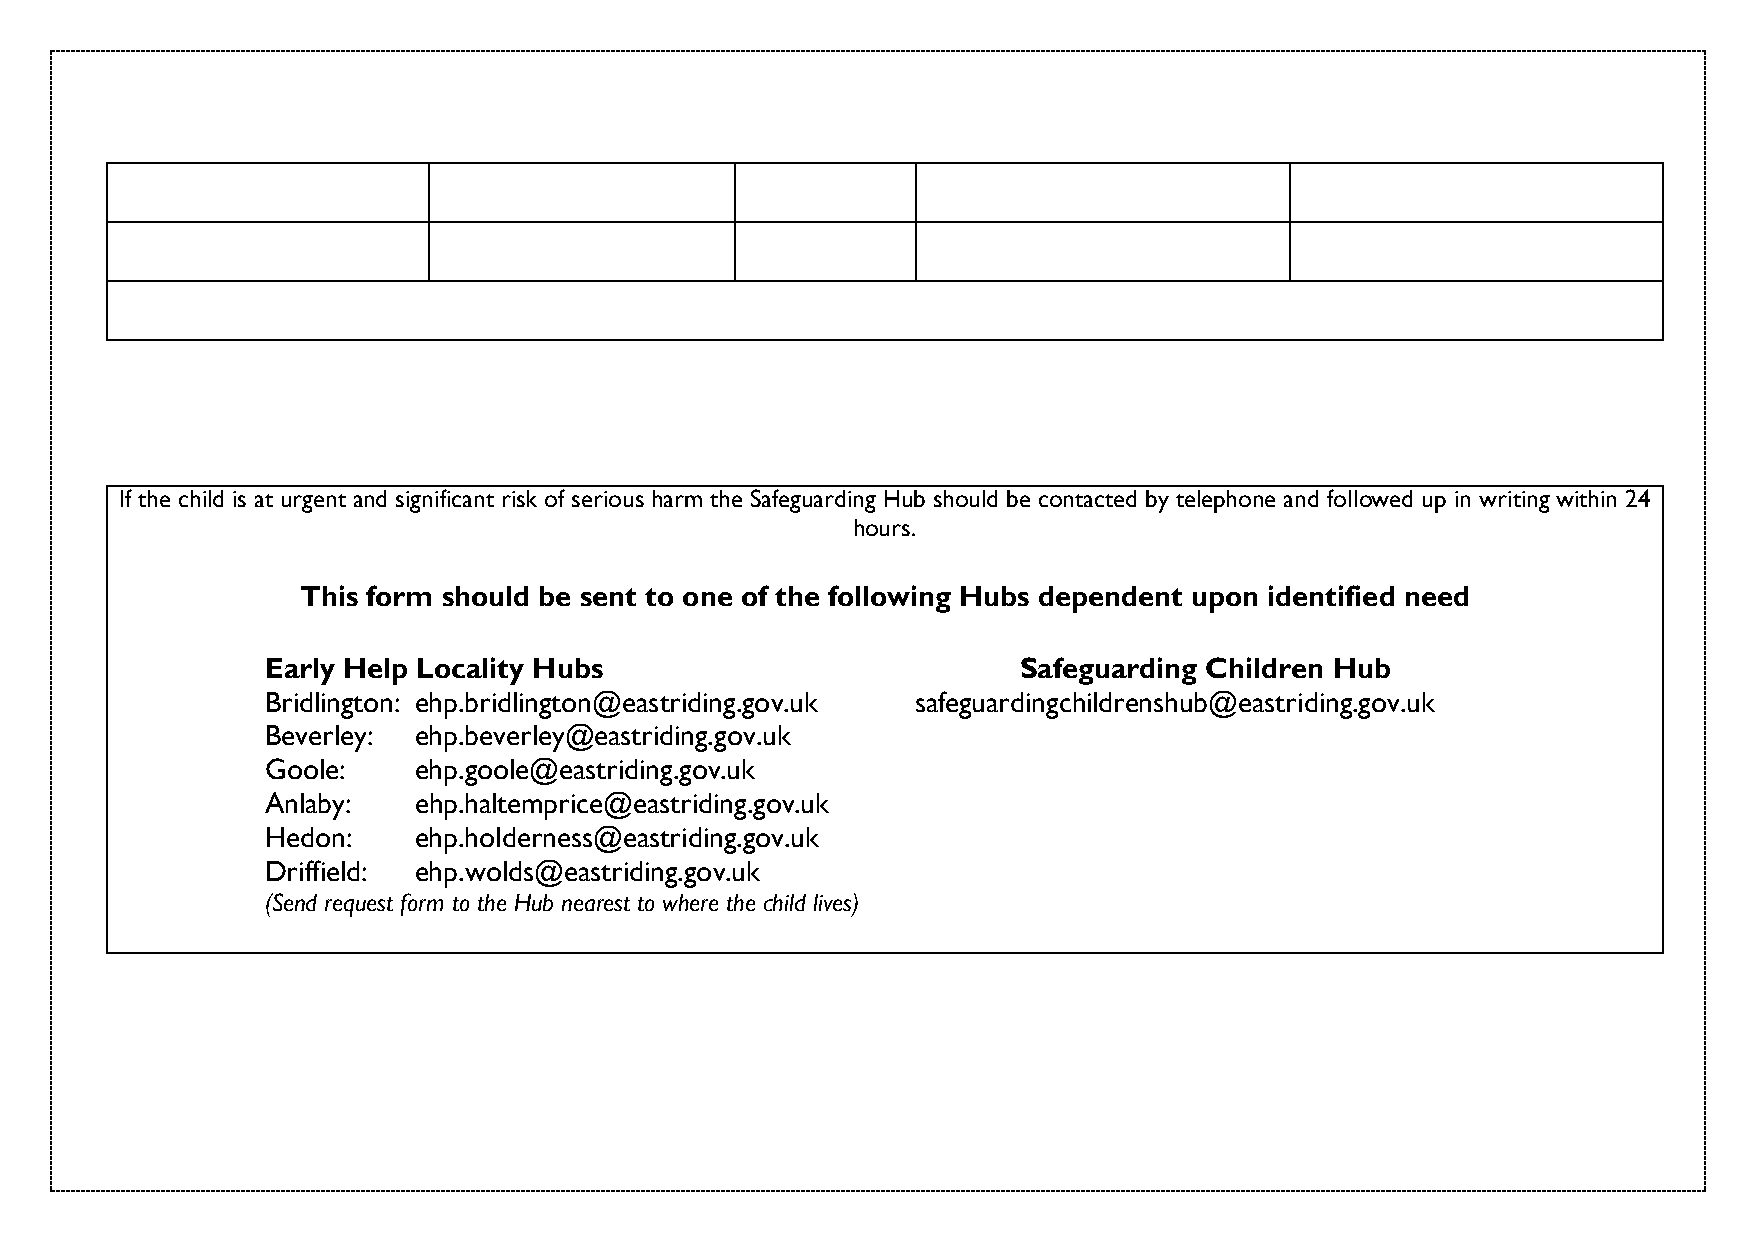
If the child is at urgent and significant risk of serious harm the Safeguarding Hub should be contacted by telephone and followed up in writing within 24
 hours.
 This form should be sent to one of the following Hubs dependent upon identified need
 Early Help Locality Hubs                          Safeguarding Children Hub
 Bridlington: ehp.bridlington@eastriding.gov.uk safeguardingchildrenshub@eastriding.gov.uk
 Beverley: ehp.beverley@eastriding.gov.uk
 Goole:   ehp.goole@eastriding.gov.uk
 Anlaby:  ehp.haltemprice@eastriding.gov.uk
 Hedon:   ehp.holderness@eastriding.gov.uk
 Driffield: ehp.wolds@eastriding.gov.uk
 (Send request form to the Hub nearest to where the child lives)